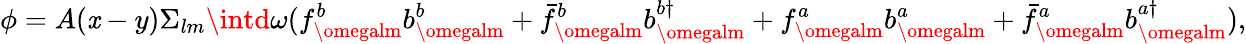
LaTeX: \phi=A(\mathit{x}-y)\Sigma_{lm}\intd\omega(f_{\omegalm}^{b}b_{\omegalm}^{b}+\bar{{f}}_{\omegalm}^{b}b_{\omegalm}^{b\dagger}+f_{\omegalm}^{a}b_{\omegalm}^{a}+\bar{{f}}_{\omegalm}^{a}b_{\omegalm}^{a\dagger}),